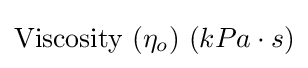
{\text{Viscosity}}\ (\eta _{o})\ (kPa\cdot s)